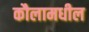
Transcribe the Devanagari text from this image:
कौलामधील